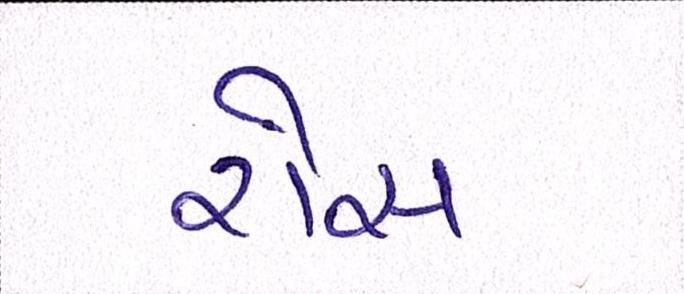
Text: રોસ